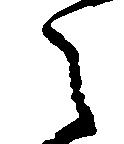
之